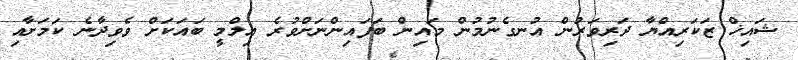
ޝައިޚް ޒަކަރިއްޔާ ދަރިވަރުން އުނގެނުމުން މައިން ބަފައިންނަށްވުރެ އިލްމީ ބައަކަށް ވެވިދާނެ ކަމަށާއި